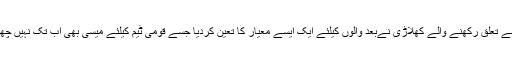
نیپولی سے تعلق رکھنے والے کھلاڑی نےبعد والوں کیلئے ایک ایسے معیار کا تعین کردیا جسے قومی ٹیم کیلئے میسی بھی اب تک نہیں چھو سکے۔